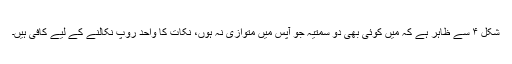
شکل ۴ سے ظاہر ہے کہ میں کوئی بھی دو سمتیہ جو آپس میں متوازی نہ ہوں، نکات کا واحد روپ نکالنے کے لیے کافی ہیں۔